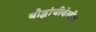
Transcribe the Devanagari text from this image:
बौद्धांचीदेखील